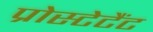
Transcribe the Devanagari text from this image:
प्रोस्टेटैंट